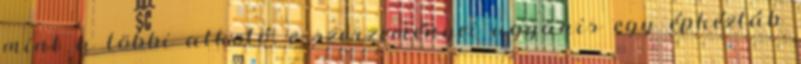
mint a többi alkotó, e szerzeményei ugyanis egy épkézláb